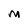
Character: M